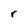
Character: r